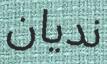
نديان